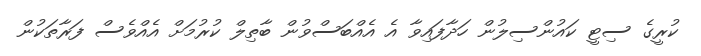
ކުރީގެ ސިޓީ ކައުންސިލުން ހަދާފައިވާ އެ އެއްބަސްވުން ބާތިލް ކުރުމަށް އެއްވެސް ފަރާތަކުން